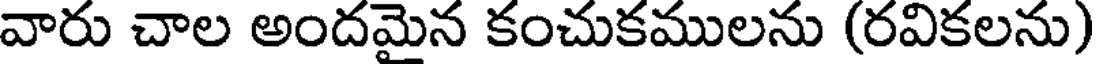
వారు చాల అందమైన కంచుకములను (రవికలను)